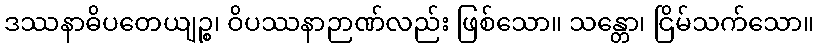
ဒဿနာဓိပတေယျဉ္စ၊ ဝိပဿနာဉာဏ်လည်း ဖြစ်သော။ သန္တော၊ ငြိမ်သက်သော။